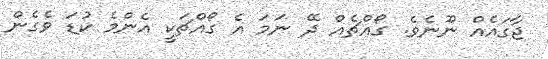
ޖާގައެއް ނޫނެވެ. ގޯއްޗެއް ދޭ ނަމަ އެ ގޯއްޗަކީ އެންމެ ކުޑަ ވެގެން